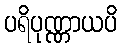
ပရိပုဏ္ဏာယပိ